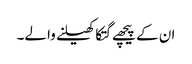
ان کے پیچھے گتکا کھیلنے والے۔